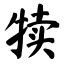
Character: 犊